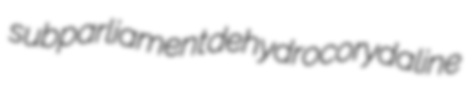
subparliament dehydrocorydaline